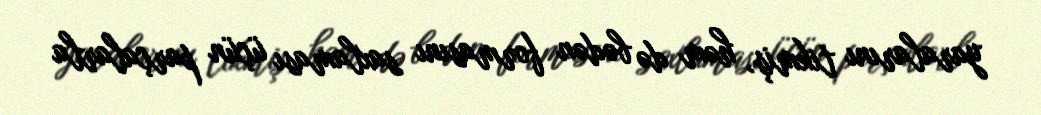
yaralarını tikmiş, həm də bədən formasını saxlaması üçün parçalarla